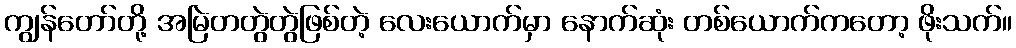
ကျွန်တော်တို့ အမြဲတတွဲတွဲဖြစ်တဲ့ လေးယောက်မှာ နောက်ဆုံး တစ်ယောက်ကတော့ ဖိုးသက်။